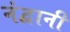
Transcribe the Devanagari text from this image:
नंद्वानी